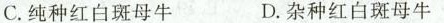
C.纯种红白斑母牛 D.杂种红白斑母牛